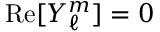
{ \mathrm { R e } } [ Y _ { \ell } ^ { m } ] = 0